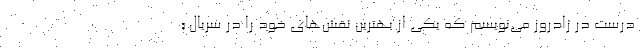
درست در زادروز می‌نویسم که یکی از بهترین نقش‌های خود را در سریال «